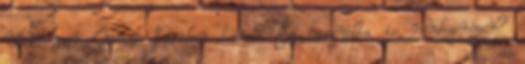
Volt már Önnek Parker tolla? És használta is rendszeresen?